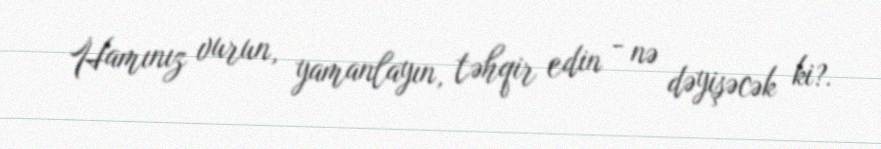
Hamınız vurun, yamanlayın, təhqir edin - nə dəyişəcək ki?.